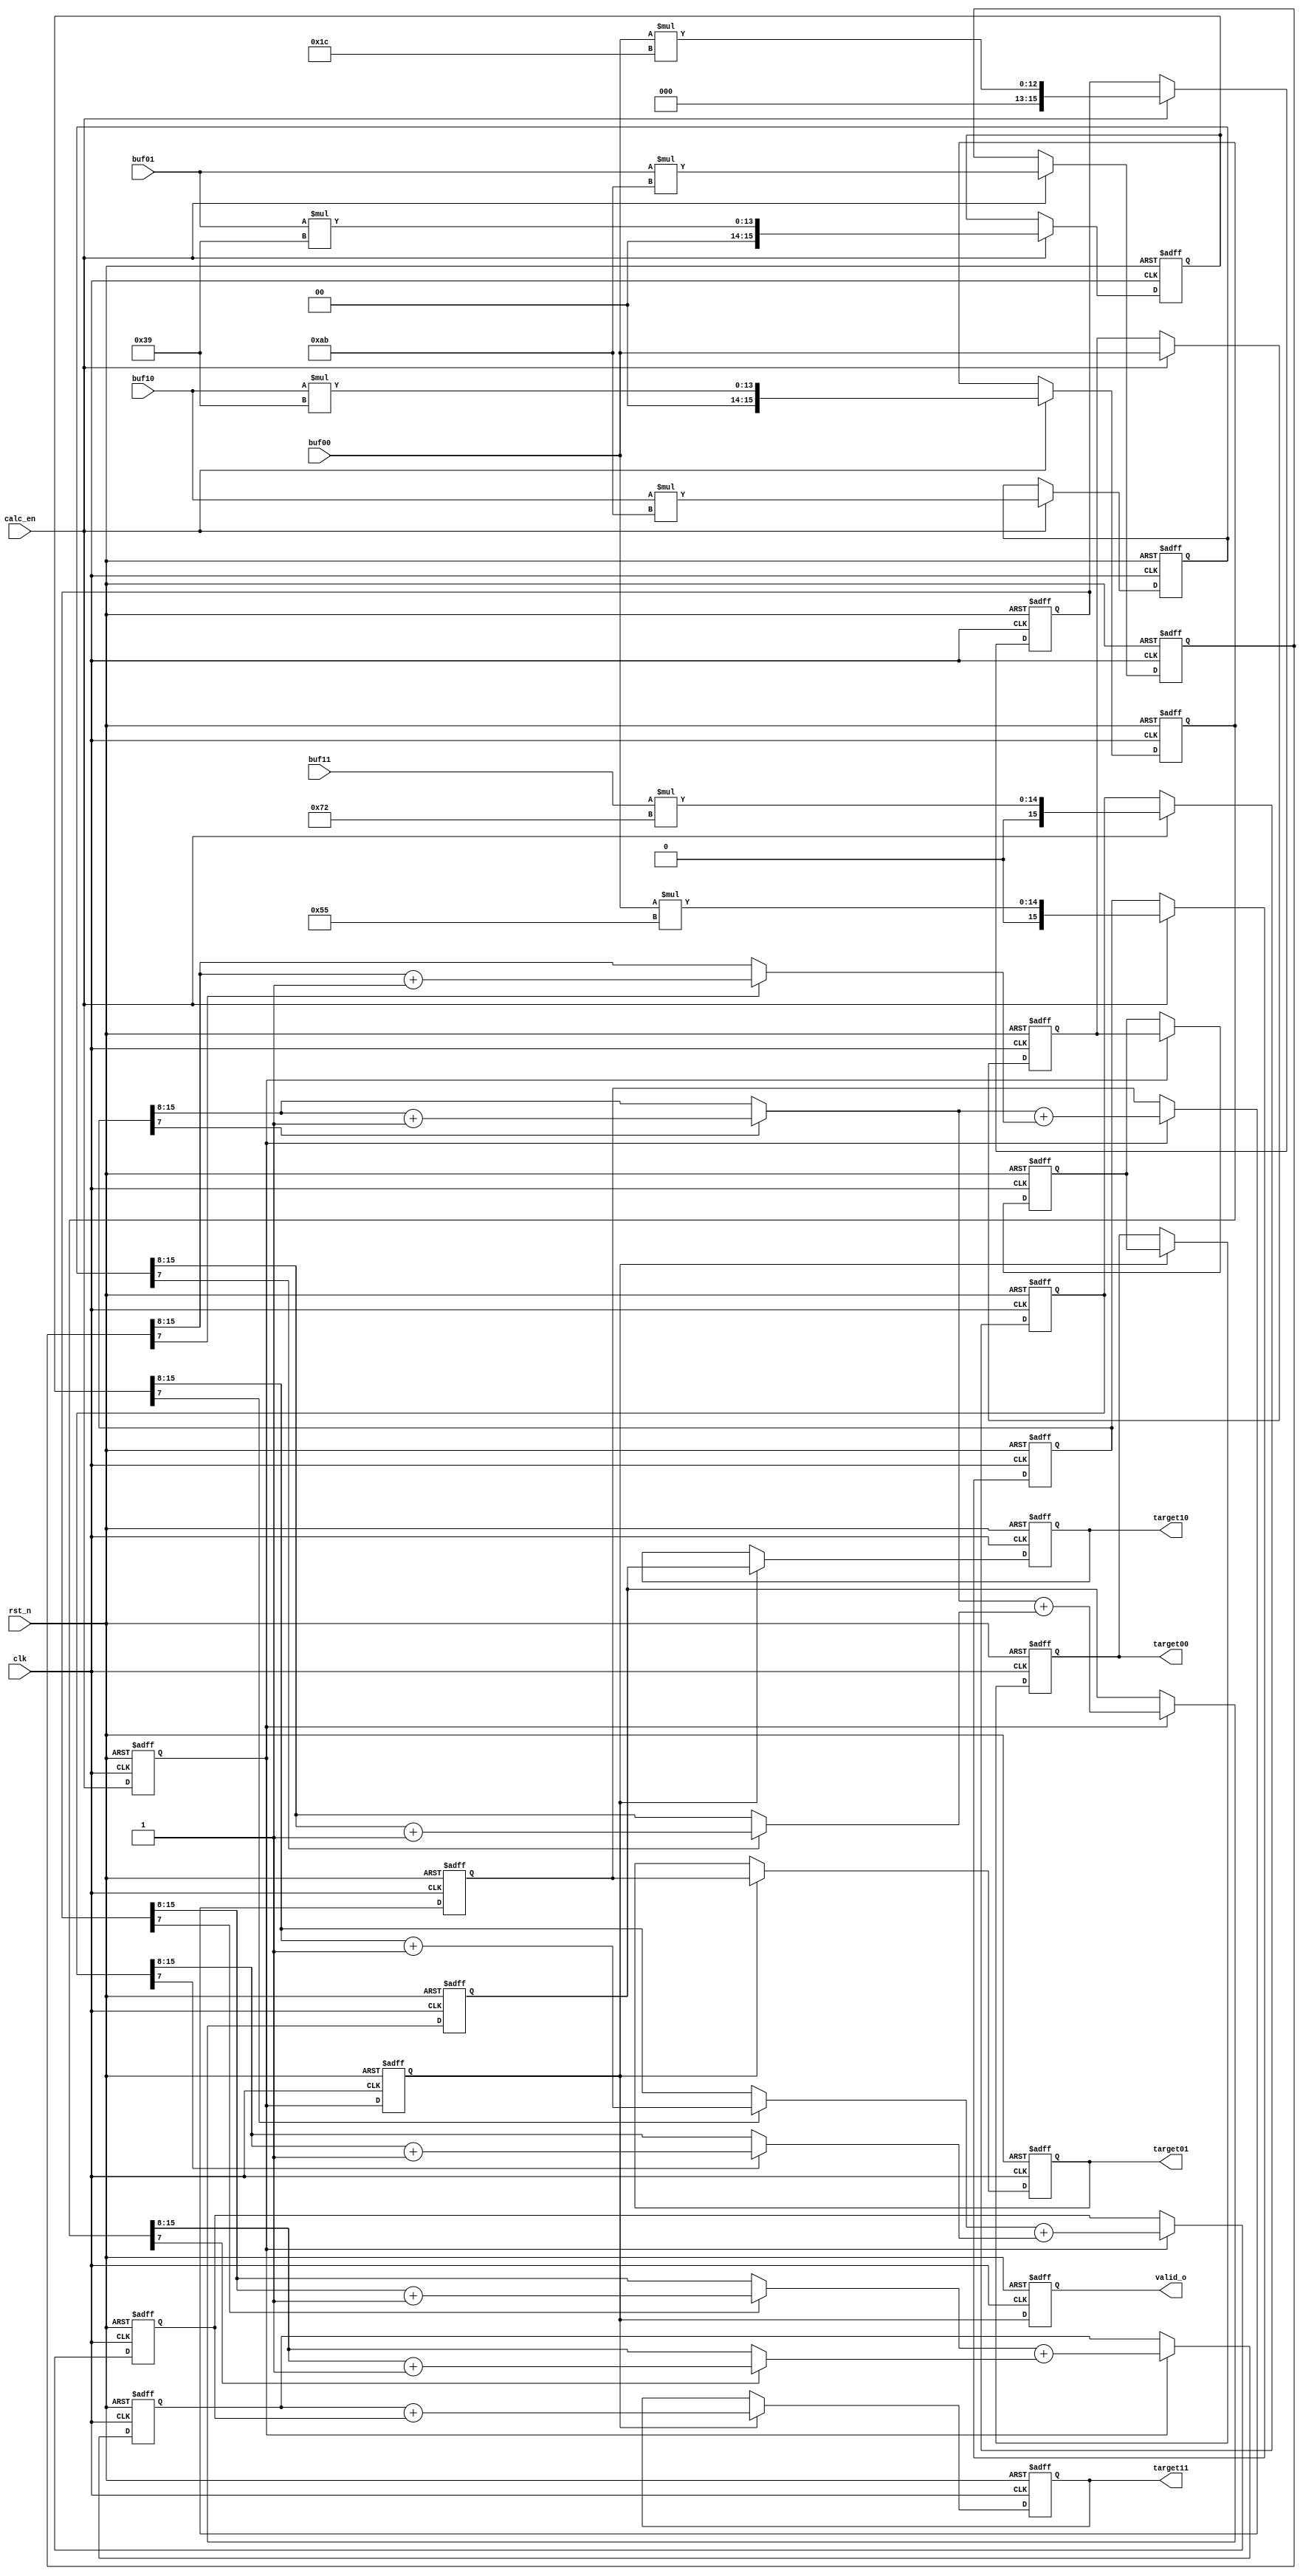
module target_calc1 #(
    parameter DW            = 8 ,
    parameter ROW_CNT_WIDTH = 12,    
    parameter COL_CNT_WIDTH = 12
)(
    input               clk     ,
    input               rst_n   ,
    input               calc_en ,
    input      [DW-1:0] buf00   ,
    input      [DW-1:0] buf10   ,
    input      [DW-1:0] buf01   ,
    input      [DW-1:0] buf11   ,
    output reg [DW-1:0] target00,
    output reg [DW-1:0] target10,
    output reg [DW-1:0] target01,
    output reg [DW-1:0] target11,
    output reg          valid_o  
);

localparam DW_DEC      = 8     ; // 8 bit decimal
localparam para_1_3_8B = 8'd85 ;
localparam para_2_3_8B = 8'd171;
localparam para_1_9_8B = 8'd28 ;
localparam para_2_9_8B = 8'd57 ;
localparam para_4_9_8B = 8'd114;

reg          calc_en_d1, calc_en_d2;
reg [DW-1:0] buf00_d1  , buf00_d2  ;

reg [DW+DW_DEC-1:0] mult_1_3_P00, mult_2_3_P10, mult_2_3_P01;
reg [DW+DW_DEC-1:0] mult_1_9_P00, mult_2_9_P10, mult_2_9_P01, mult_4_9_P11;

wire [DW-1:0] mult_1_3_P00_clamp, mult_2_3_P10_clamp, mult_2_3_P01_clamp;
wire [DW-1:0] mult_1_9_P00_clamp, mult_2_9_P10_clamp, mult_2_9_P01_clamp, mult_4_9_P11_clamp;

reg [DW-1:0] target10_tmp, target01_tmp, target11_half1, target11_half2;  

// clk 1
always@(posedge clk or negedge rst_n) begin
if(!rst_n)
    calc_en_d1 <= 1'b0;
else    
    calc_en_d1 <= calc_en;  
end

always@(posedge clk or negedge rst_n) begin
if(!rst_n)
    buf00_d1 <= {DW{1'b0}};
else if(calc_en)   
    buf00_d1 <= buf00;  
end

always@(posedge clk or negedge rst_n) begin
if(!rst_n)
    mult_1_3_P00 <= {(DW+DW_DEC){1'b0}};
else if(calc_en)
    mult_1_3_P00 <= buf00 * para_1_3_8B;
end

always@(posedge clk or negedge rst_n) begin
if(!rst_n)
    mult_2_3_P10 <= {(DW+DW_DEC){1'b0}};
else if(calc_en)
    mult_2_3_P10 <= buf10 * para_2_3_8B;
end

always@(posedge clk or negedge rst_n) begin
if(!rst_n)
    mult_2_3_P01 <= {(DW+DW_DEC){1'b0}};
else if(calc_en)
    mult_2_3_P01 <= buf01 * para_2_3_8B;
end

always@(posedge clk or negedge rst_n) begin
if(!rst_n)
    mult_1_9_P00 <= {(DW+DW_DEC){1'b0}};
else if(calc_en)
    mult_1_9_P00 <= buf00 * para_1_9_8B;
end

always@(posedge clk or negedge rst_n) begin
if(!rst_n)
    mult_2_9_P10 <= {(DW+DW_DEC){1'b0}};
else if(calc_en)
    mult_2_9_P10 <= buf10 * para_2_9_8B;
end

always@(posedge clk or negedge rst_n) begin
if(!rst_n)
    mult_2_9_P01 <= {(DW+DW_DEC){1'b0}};
else if(calc_en)
    mult_2_9_P01 <= buf01 * para_2_9_8B;
end

always@(posedge clk or negedge rst_n) begin
if(!rst_n)
    mult_4_9_P11 <= {(DW+DW_DEC){1'b0}};
else if(calc_en)
    mult_4_9_P11 <= buf11 * para_4_9_8B;
end

assign mult_1_3_P00_clamp = mult_1_3_P00[DW_DEC-1]? (mult_1_3_P00[DW+DW_DEC-1:DW_DEC]+1'b1): mult_1_3_P00[DW+DW_DEC-1:DW_DEC]; //safe
assign mult_2_3_P10_clamp = mult_2_3_P10[DW_DEC-1]? (mult_2_3_P10[DW+DW_DEC-1:DW_DEC]+1'b1): mult_2_3_P10[DW+DW_DEC-1:DW_DEC]; 
assign mult_2_3_P01_clamp = mult_2_3_P01[DW_DEC-1]? (mult_2_3_P01[DW+DW_DEC-1:DW_DEC]+1'b1): mult_2_3_P01[DW+DW_DEC-1:DW_DEC];
assign mult_1_9_P00_clamp = mult_1_9_P00[DW_DEC-1]? (mult_1_9_P00[DW+DW_DEC-1:DW_DEC]+1'b1): mult_1_9_P00[DW+DW_DEC-1:DW_DEC];
assign mult_2_9_P10_clamp = mult_2_9_P10[DW_DEC-1]? (mult_2_9_P10[DW+DW_DEC-1:DW_DEC]+1'b1): mult_2_9_P10[DW+DW_DEC-1:DW_DEC];
assign mult_2_9_P01_clamp = mult_2_9_P01[DW_DEC-1]? (mult_2_9_P01[DW+DW_DEC-1:DW_DEC]+1'b1): mult_2_9_P01[DW+DW_DEC-1:DW_DEC];
assign mult_4_9_P11_clamp = mult_4_9_P11[DW_DEC-1]? (mult_4_9_P11[DW+DW_DEC-1:DW_DEC]+1'b1): mult_4_9_P11[DW+DW_DEC-1:DW_DEC];

// clk2
always@(posedge clk or negedge rst_n) begin
if(!rst_n)
    calc_en_d2 <= 1'b0;
else    
    calc_en_d2 <= calc_en_d1;  
end

always@(posedge clk or negedge rst_n) begin
if(!rst_n)
    buf00_d2 <= {DW{1'b0}};
else if(calc_en_d1)   
    buf00_d2 <= buf00_d1;  
end

always@(posedge clk or negedge rst_n) begin
if(!rst_n)
    target10_tmp <= {DW{1'b0}};
else if(calc_en_d1)    
    target10_tmp <= mult_1_3_P00_clamp + mult_2_3_P10_clamp;
end

always@(posedge clk or negedge rst_n) begin
if(!rst_n)
    target01_tmp <= {DW{1'b0}};
else if(calc_en_d1)    
    target01_tmp <= mult_1_3_P00_clamp + mult_2_3_P01_clamp;
end

always@(posedge clk or negedge rst_n) begin
if(!rst_n)
    target11_half1 <= {DW{1'b0}};
else if(calc_en_d1)    
    target11_half1 <= mult_1_9_P00_clamp + mult_2_9_P10_clamp;
end

always@(posedge clk or negedge rst_n) begin
if(!rst_n)
    target11_half2 <= {DW{1'b0}};
else if(calc_en_d1)    
    target11_half2 <= mult_2_9_P01_clamp + mult_4_9_P11_clamp;
end

// clk3
always@(posedge clk or negedge rst_n) begin
if(!rst_n)
    target00 <= {DW{1'b0}};
else if(calc_en_d2)    
    target00 <= buf00_d2;
end

always@(posedge clk or negedge rst_n) begin
if(!rst_n)
    target10 <= {DW{1'b0}};
else if(calc_en_d2)    
    target10 <= target10_tmp;
end

always@(posedge clk or negedge rst_n) begin
if(!rst_n)
    target01 <= {DW{1'b0}};
else if(calc_en_d2)    
    target01 <= target01_tmp;
end

always@(posedge clk or negedge rst_n) begin
if(!rst_n)
    target11 <= {DW{1'b0}};
else if(calc_en_d2)    
    target11 <= target11_half1 + target11_half2;
end

always@(posedge clk or negedge rst_n) begin
if(!rst_n)
    valid_o <= 1'b0;
else 
    valid_o <= calc_en_d2;    
end

endmodule